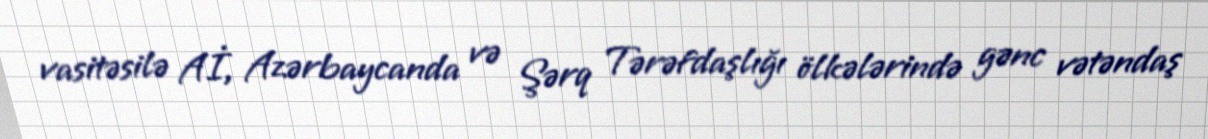
vasitəsilə Aİ, Azərbaycanda və Şərq Tərəfdaşlığı ölkələrində gənc vətəndaş